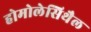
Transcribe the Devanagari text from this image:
होमोलेसिथैल